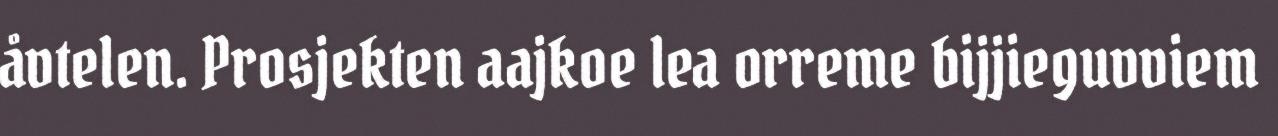
åvtelen. Prosjekten aajkoe lea orreme bijjieguvviem